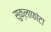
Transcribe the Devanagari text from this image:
सुक्लाफांटा